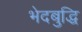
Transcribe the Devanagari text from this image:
भेदबुद्धि